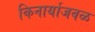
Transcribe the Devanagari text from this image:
किनार्याजवळ